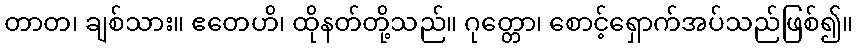
တာတ၊ ချစ်သား။ ဧတေဟိ၊ ထိုနတ်တို့သည်။ ဂုတ္တော၊ စောင့်ရှောက်အပ်သည်ဖြစ်၍။